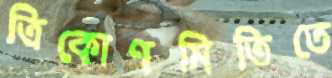
ত্রিকোণমিতিতে